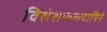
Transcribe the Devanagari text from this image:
विशेशफलदायिने